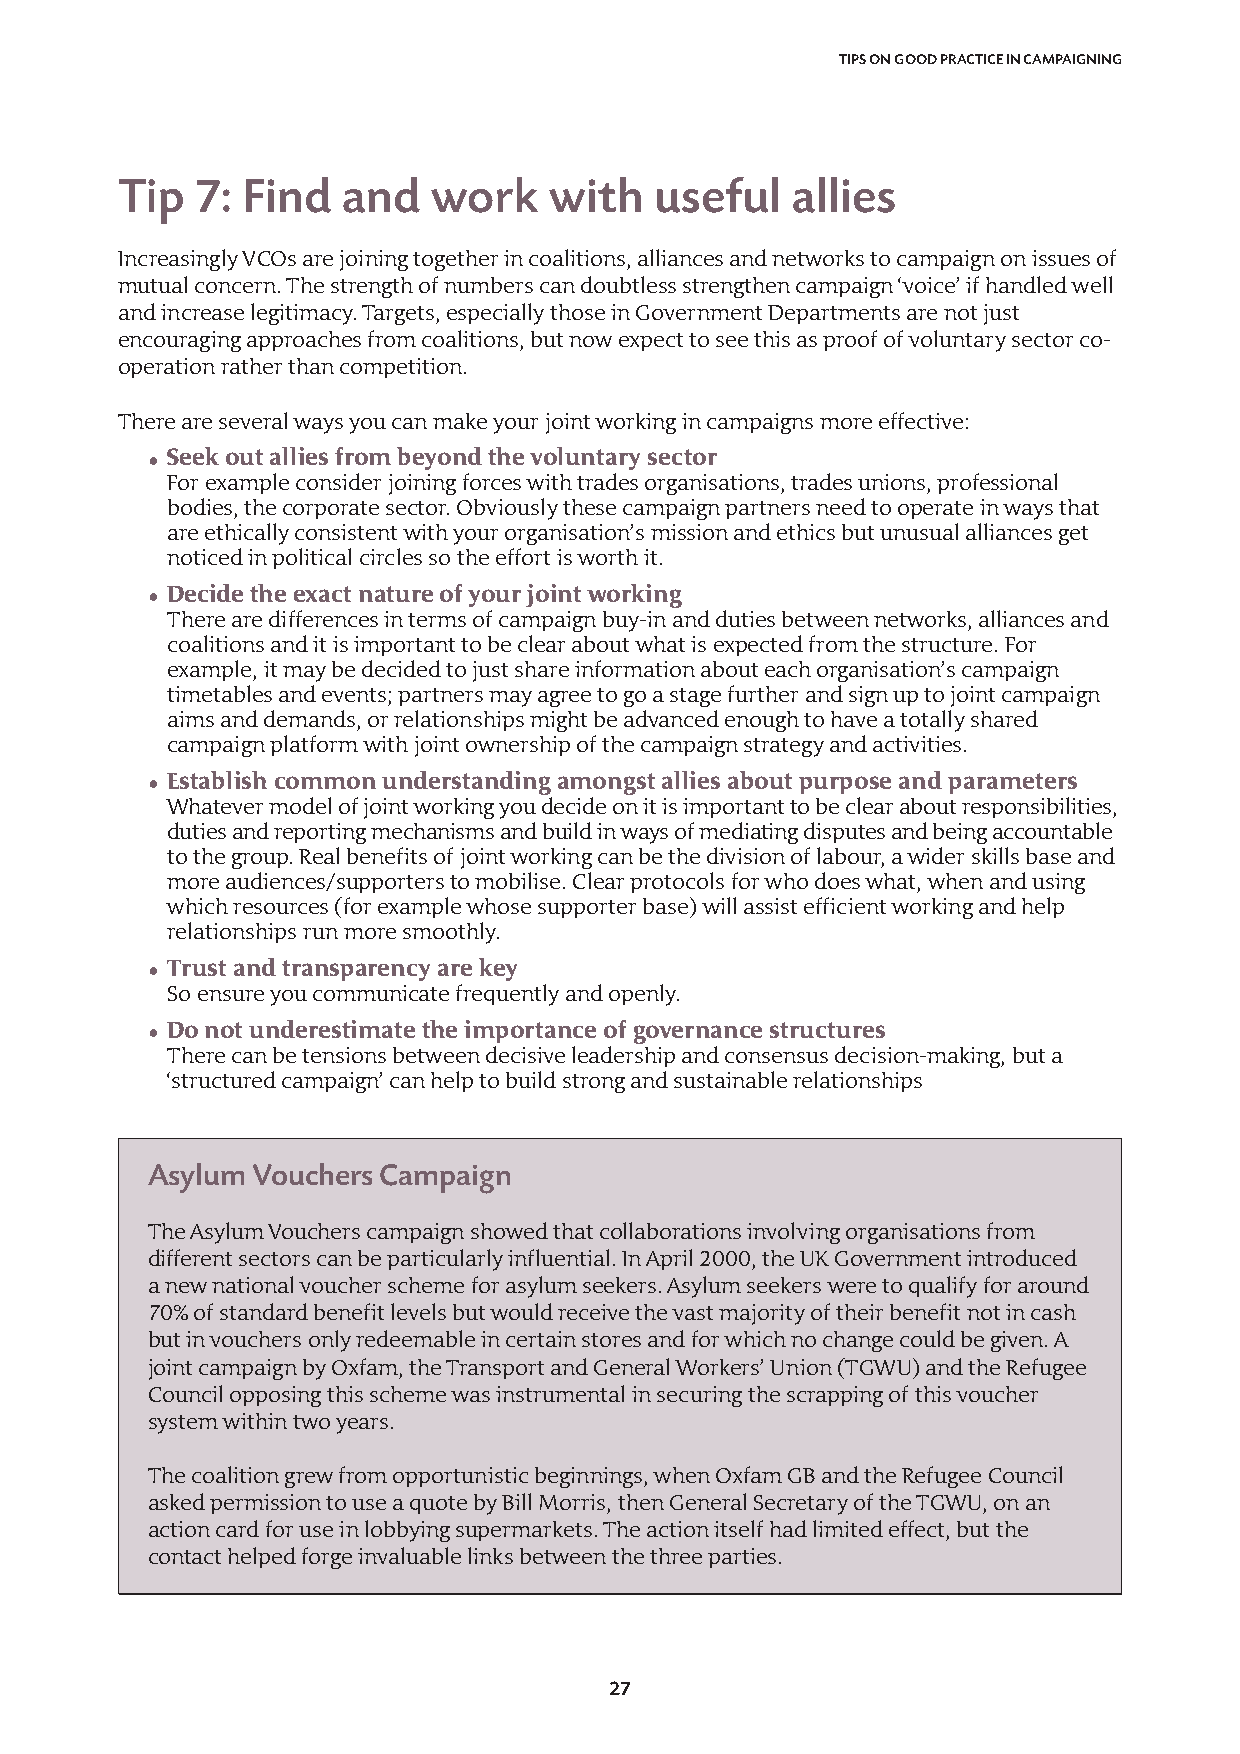
TIPS ON GOOD PRACTICE IN CAMPAIGNING
 Tip  7: Find   and  work    with   useful   allies
 Increasingly VCOs are joining together in coalitions, alliances and networks to campaign on issues of
 mutual concern. The strength of numbers can doubtless strengthen campaign ‘voice’ if handled well
 and increase legitimacy. Targets, especially those in Government Departments are not just
 encouraging approaches from coalitions, but now expect to see this as proof of voluntary sector co-
 operation rather than competition.
 There are several ways you can make your joint working in campaigns more effective:
 • Seek out allies from beyond the voluntary sector
 For example consider joining forces with trades organisations, trades unions, professional
 bodies, the corporate sector. Obviously these campaign partners need to operate in ways that
 are ethically consistent with your organisation’s mission and ethics but unusual alliances get
 noticed in political circles so the effort is worth it.
 • Decide the exact nature of your joint working
 There are differences in terms of campaign buy-in and duties between networks, alliances and
 coalitions and it is important to be clear about what is expected from the structure. For
 example, it may be decided to just share information about each organisation’s campaign
 timetables and events; partners may agree to go a stage further and sign up to joint campaign
 aims and demands, or relationships might be advanced enough to have a totally shared
 campaign platform with joint ownership of the campaign strategy and activities.
 • Establish common understanding amongst allies about purpose and parameters
 Whatever model of joint working you decide on it is important to be clear about responsibilities,
 duties and reporting mechanisms and build in ways of mediating disputes and being accountable
 to the group. Real benefits of joint working can be the division of labour, a wider skills base and
 more audiences/supporters to mobilise. Clear protocols for who does what, when and using
 which resources (for example whose supporter base) will assist efficient working and help
 relationships run more smoothly.
 • Trust and transparency are key
 So ensure you communicate frequently and openly.
 • Do not underestimate the importance of governance structures
 There can be tensions between decisive leadership and consensus decision-making, but a
 ‘structured campaign’ can help to build strong and sustainable relationships
 Asylum Vouchers Campaign
 The Asylum Vouchers campaign showed that collaborations involving organisations from
 different sectors can be particularly influential. In April 2000, the UK Government introduced
 a new national voucher scheme for asylum seekers. Asylum seekers were to qualify for around
 70% of standard benefit levels but would receive the vast majority of their benefit not in cash
 but in vouchers only redeemable in certain stores and for which no change could be given. A
 joint campaign by Oxfam, the Transport and General Workers’ Union (TGWU) and the Refugee
 Council opposing this scheme was instrumental in securing the scrapping of this voucher
 system within two years.
 The coalition grew from opportunistic beginnings, when Oxfam GB and the Refugee Council
 asked permission to use a quote by Bill Morris, then General Secretary of the TGWU, on an
 action card for use in lobbying supermarkets. The action itself had limited effect, but the
 contact helped forge invaluable links between the three parties.
 27